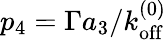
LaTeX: p_{4}=\Gamma a_{3}/{k_{\mathrm{off}}^{(0)}}